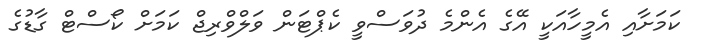
ކަމަށާއި އެމީހާއަކީ އޭގެ އެންމެ ދުވަސްވީ ކެޕްޓަން ވަލްވްރިޖް ކަމަށް ކޯސްޓް ގާޑުގެ